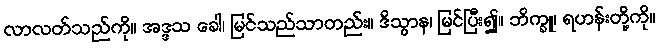
လာလတ်သည်ကို။ အဒ္ဒသ ခေါ၊ မြင်သည်သာတည်း။ ဒိသွာန၊ မြင်ပြီး၍။ ဘိက္ခူ၊ ရဟန်းတို့ကို။